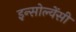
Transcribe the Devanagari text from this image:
इन्सोल्वेंसी